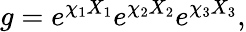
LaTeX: g=e^{\chi_{1}X_{1}}e^{\chi_{2}X_{2}}e^{\chi_{3}X_{3}},